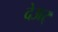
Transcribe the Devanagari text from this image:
देअर्